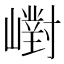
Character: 㠚